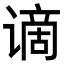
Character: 谪